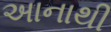
અાનાથી